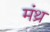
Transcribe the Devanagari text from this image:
मंथ्र